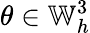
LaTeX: \theta\in\mathbb{W}_{h}^{3}